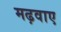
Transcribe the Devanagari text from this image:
मढ़वाए